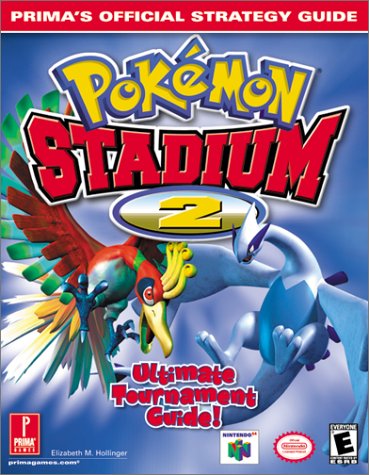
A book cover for Pokemon Stadium 2: Prima's  Official Strategy Guide; Elizabeth Hollinger; Computers & Technology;